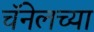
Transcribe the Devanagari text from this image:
चॅनेलच्या